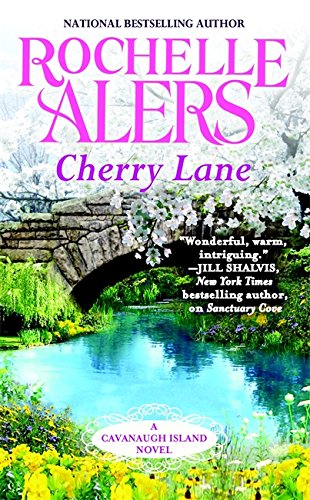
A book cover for Cherry Lane (Cavanaugh Island); Rochelle Alers; Romance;